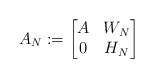
\begin{align*}A_N:=\begin{bmatrix}A&W_N \\0&H_N \end{bmatrix}\end{align*}